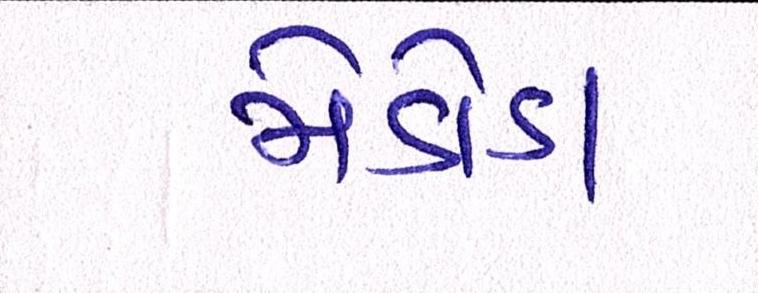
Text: મેટોડા